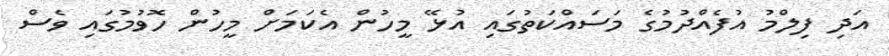
އަދި ފިލްމު އުފެއްދުމުގެ މަސައްކަތުގައި އުޅޭ މީހުން އެކަމަށް މީހުން ހޮވުމުގައި ވެސް